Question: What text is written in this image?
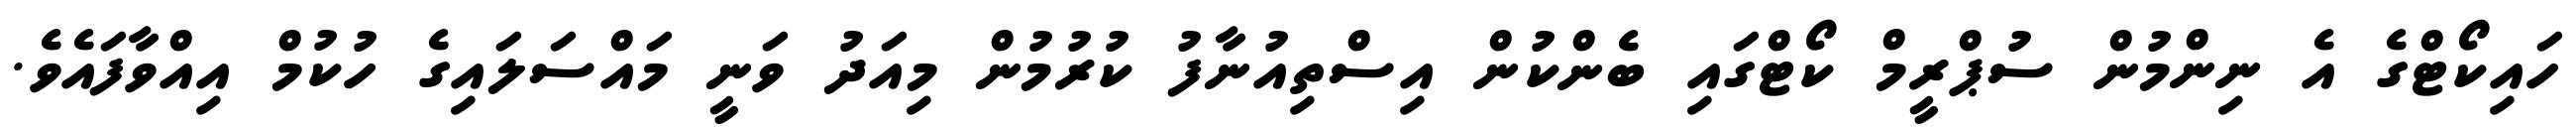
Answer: ހައިކޯޓްގެ އެ ނިންމުން ސުޕްރީމް ކޯޓްގައި ބެންކުން އިސްތިއުނާފު ކުރުމުން މިއަދު ވަނީ މައްސަލައިގެ ހުކުމް އިއްވާފައެވެ.